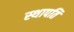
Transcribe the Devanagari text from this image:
स्‍थापति